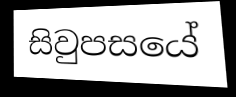
සිවුපසයේ